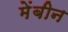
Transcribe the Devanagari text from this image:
मेंबीन